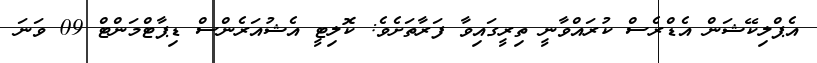
އެޕްލިކޭޝަން އެޑްރެސް ކުރައްވާނީ ތިރީގައިވާ ފަރާތަށެވެ: ކޮލިޓީ އެޝުއަރެންސް ޑިޕާޓްމަންޓް 09 ވަނަ